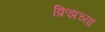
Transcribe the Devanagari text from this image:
क्रिझच्या